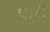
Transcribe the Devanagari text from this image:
एर्ज़ीं